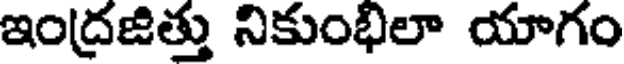
ఇంద్రజిత్తు నికుంభిలా యాగం